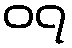
၀၇